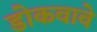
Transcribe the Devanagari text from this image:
डोकवावे